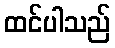
ထင်ပါသည်